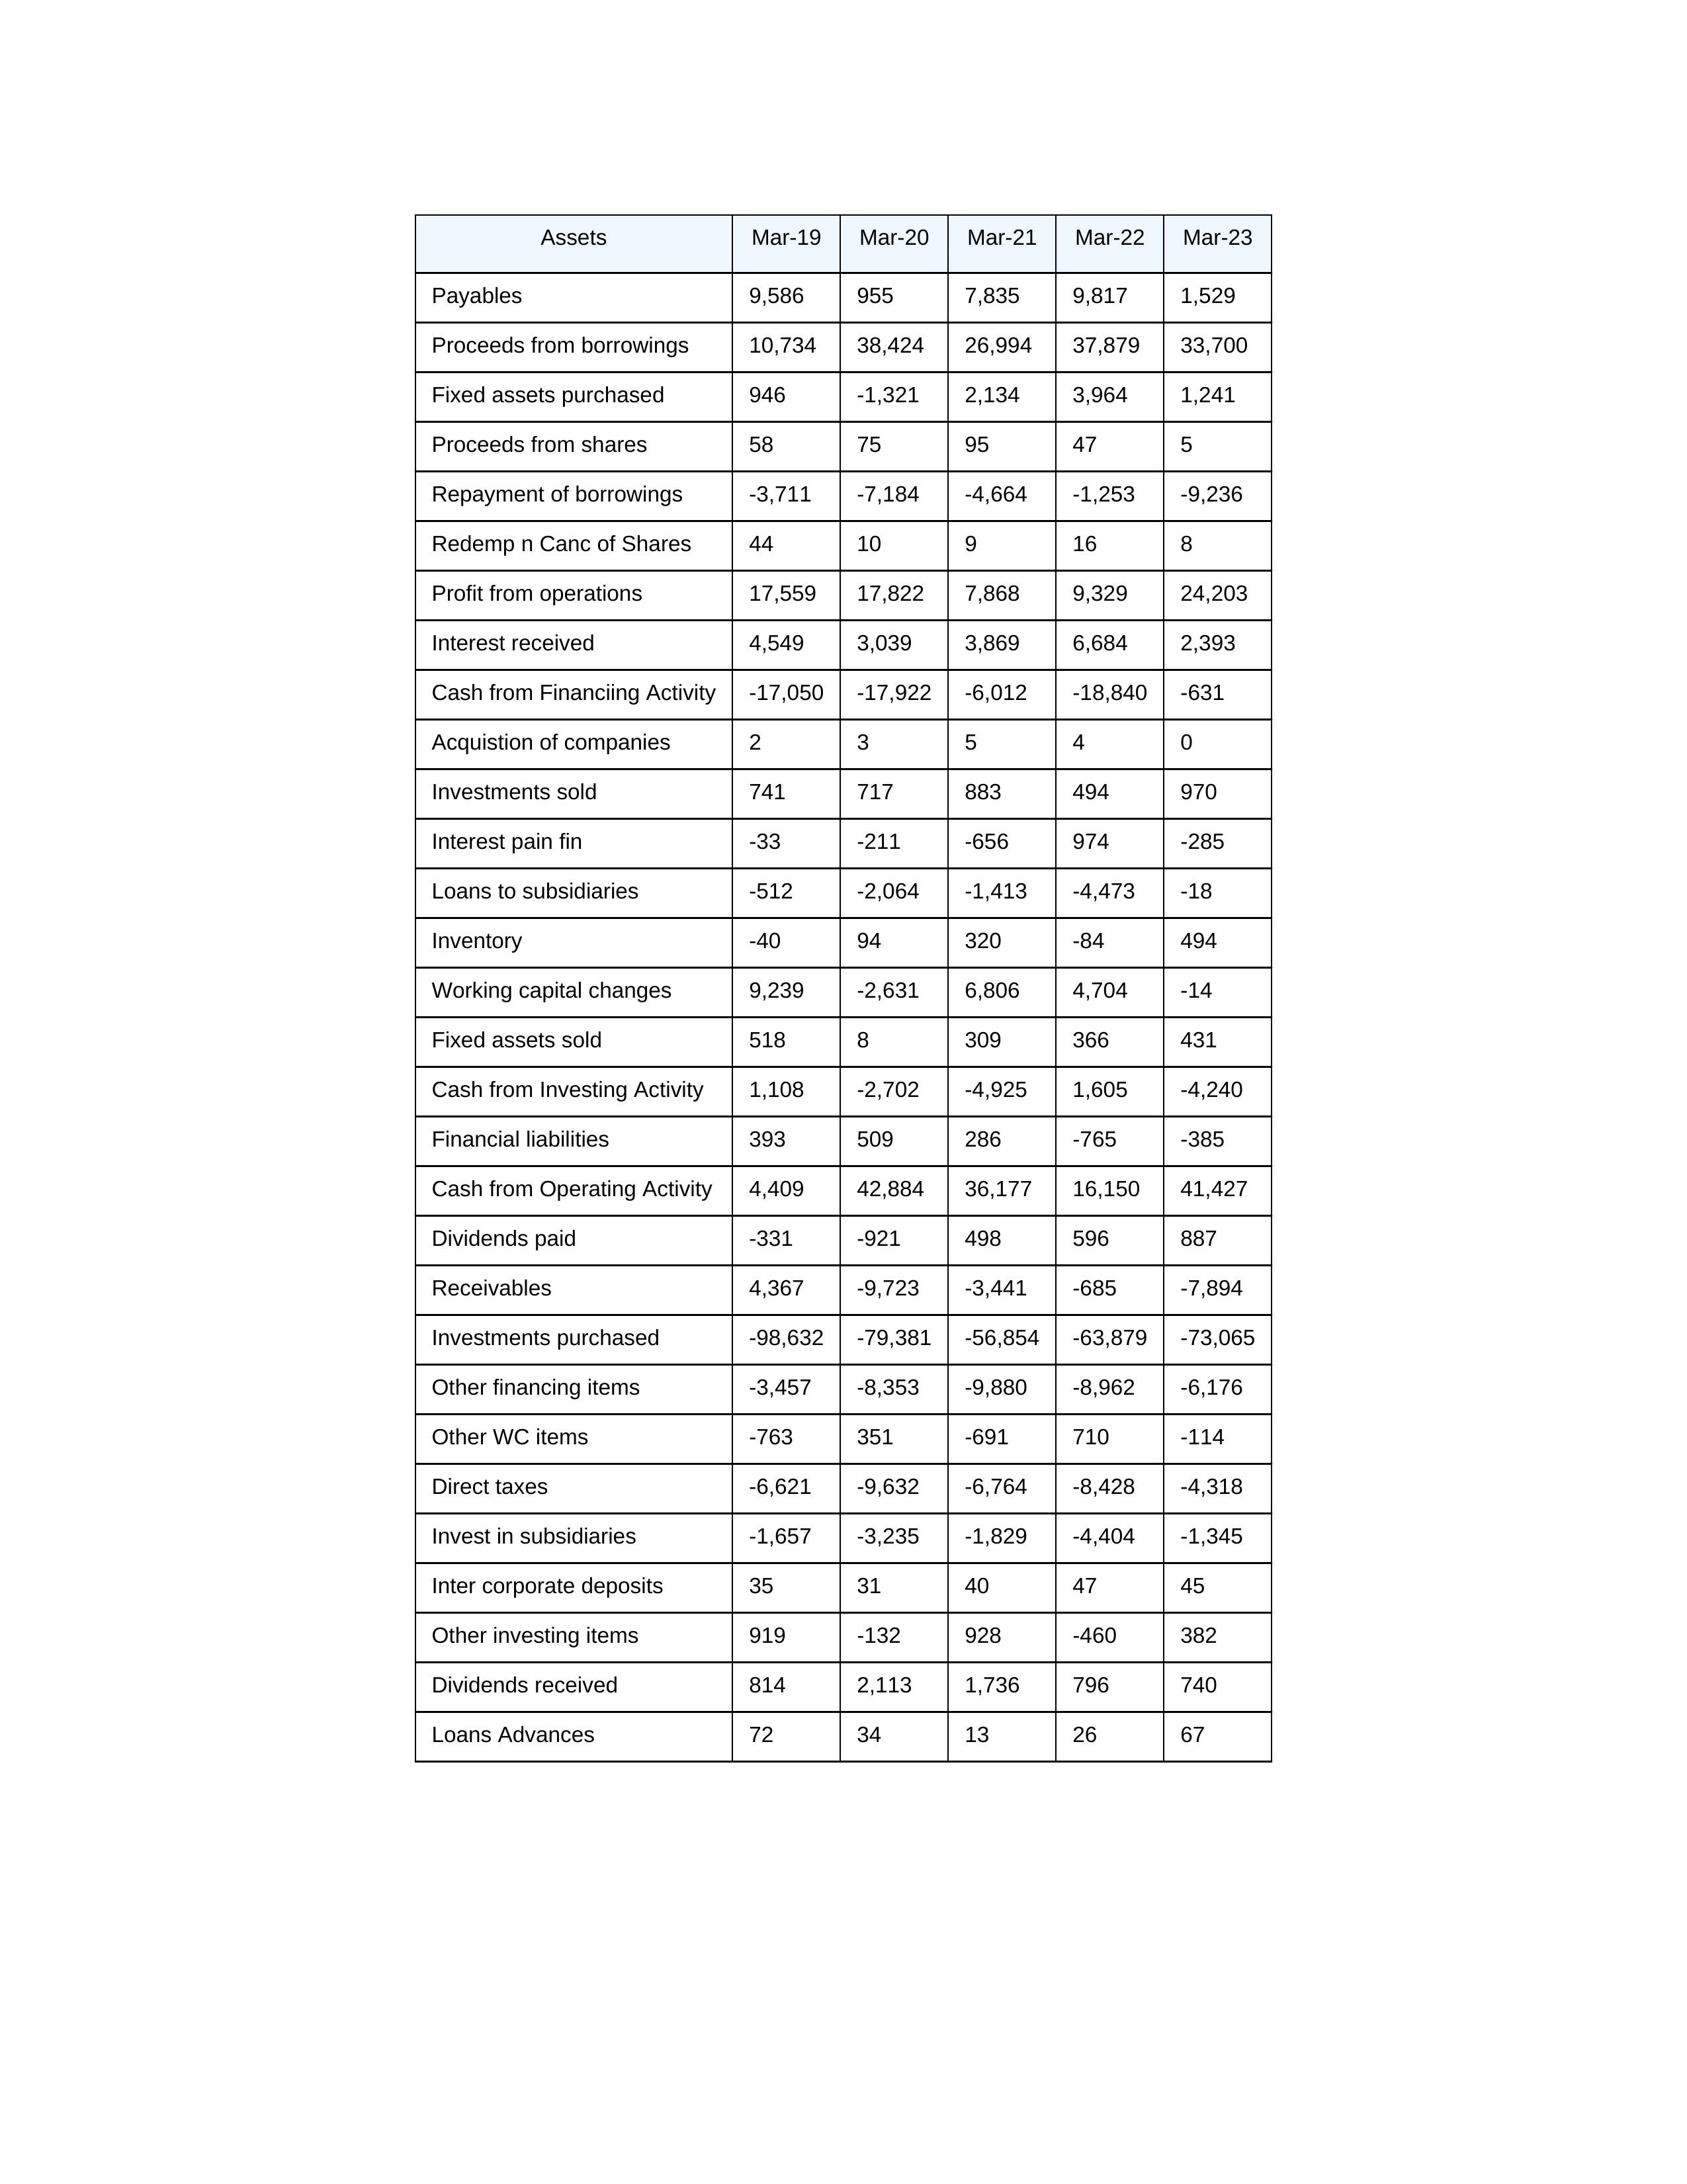
gt_parse: Mar-19: Cash from Operating Activity: 4,409
Profit from operations: 17,559
Receivables: 4,367
Inventory: -40
Payables: 9,586
Loans Advances: 72
Other WC items: -763
Working capital changes: 9,239
Direct taxes: -6,621
Cash from Investing Activity: 1,108
Fixed assets purchased: 946
Fixed assets sold: 518
Investments purchased: -98,632
Investments sold: 741
Interest received: 4,549
Dividends received: 814
Invest in subsidiaries: -1,657
Loans to subsidiaries: -512
Redemp n Canc of Shares: 44
Acquistion of companies: 2
Inter corporate deposits: 35
Other investing items: 919
Cash from Financiing Activity: -17,050
Proceeds from shares: 58
Proceeds from borrowings: 10,734
Repayment of borrowings: -3,711
Interest pain fin: -33
Dividends paid: -331
Financial liabilities: 393
Other financing items: -3,457
Mar-20: Cash from Operating Activity: 42,884
Profit from operations: 17,822
Receivables: -9,723
Inventory: 94
Payables: 955
Loans Advances: 34
Other WC items: 351
Working capital changes: -2,631
Direct taxes: -9,632
Cash from Investing Activity: -2,702
Fixed assets purchased: -1,321
Fixed assets sold: 8
Investments purchased: -79,381
Investments sold: 717
Interest received: 3,039
Dividends received: 2,113
Invest in subsidiaries: -3,235
Loans to subsidiaries: -2,064
Redemp n Canc of Shares: 10
Acquistion of companies: 3
Inter corporate deposits: 31
Other investing items: -132
Cash from Financiing Activity: -17,922
Proceeds from shares: 75
Proceeds from borrowings: 38,424
Repayment of borrowings: -7,184
Interest pain fin: -211
Dividends paid: -921
Financial liabilities: 509
Other financing items: -8,353
Mar-21: Cash from Operating Activity: 36,177
Profit from operations: 7,868
Receivables: -3,441
Inventory: 320
Payables: 7,835
Loans Advances: 13
Other WC items: -691
Working capital changes: 6,806
Direct taxes: -6,764
Cash from Investing Activity: -4,925
Fixed assets purchased: 2,134
Fixed assets sold: 309
Investments purchased: -56,854
Investments sold: 883
Interest received: 3,869
Dividends received: 1,736
Invest in subsidiaries: -1,829
Loans to subsidiaries: -1,413
Redemp n Canc of Shares: 9
Acquistion of companies: 5
Inter corporate deposits: 40
Other investing items: 928
Cash from Financiing Activity: -6,012
Proceeds from shares: 95
Proceeds from borrowings: 26,994
Repayment of borrowings: -4,664
Interest pain fin: -656
Dividends paid: 498
Financial liabilities: 286
Other financing items: -9,880
Mar-22: Cash from Operating Activity: 16,150
Profit from operations: 9,329
Receivables: -685
Inventory: -84
Payables: 9,817
Loans Advances: 26
Other WC items: 710
Working capital changes: 4,704
Direct taxes: -8,428
Cash from Investing Activity: 1,605
Fixed assets purchased: 3,964
Fixed assets sold: 366
Investments purchased: -63,879
Investments sold: 494
Interest received: 6,684
Dividends received: 796
Invest in subsidiaries: -4,404
Loans to subsidiaries: -4,473
Redemp n Canc of Shares: 16
Acquistion of companies: 4
Inter corporate deposits: 47
Other investing items: -460
Cash from Financiing Activity: -18,840
Proceeds from shares: 47
Proceeds from borrowings: 37,879
Repayment of borrowings: -1,253
Interest pain fin: 974
Dividends paid: 596
Financial liabilities: -765
Other financing items: -8,962
Mar-23: Cash from Operating Activity: 41,427
Profit from operations: 24,203
Receivables: -7,894
Inventory: 494
Payables: 1,529
Loans Advances: 67
Other WC items: -114
Working capital changes: -14
Direct taxes: -4,318
Cash from Investing Activity: -4,240
Fixed assets purchased: 1,241
Fixed assets sold: 431
Investments purchased: -73,065
Investments sold: 970
Interest received: 2,393
Dividends received: 740
Invest in subsidiaries: -1,345
Loans to subsidiaries: -18
Redemp n Canc of Shares: 8
Acquistion of companies: 0
Inter corporate deposits: 45
Other investing items: 382
Cash from Financiing Activity: -631
Proceeds from shares: 5
Proceeds from borrowings: 33,700
Repayment of borrowings: -9,236
Interest pain fin: -285
Dividends paid: 887
Financial liabilities: -385
Other financing items: -6,176